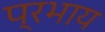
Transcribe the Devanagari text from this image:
प्रभाय